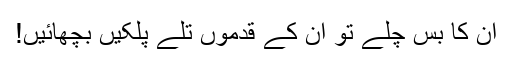
ان کا بس چلے تو ان کے قدموں تلے پلکیں بچھائیں!